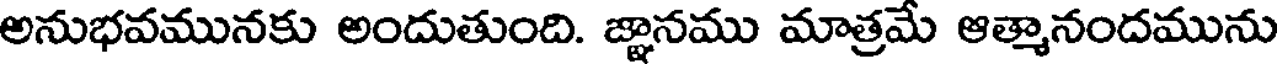
అనుభవమునకు అందుతుంది. జ్ఞానము మాత్రమే ఆత్మానందమును